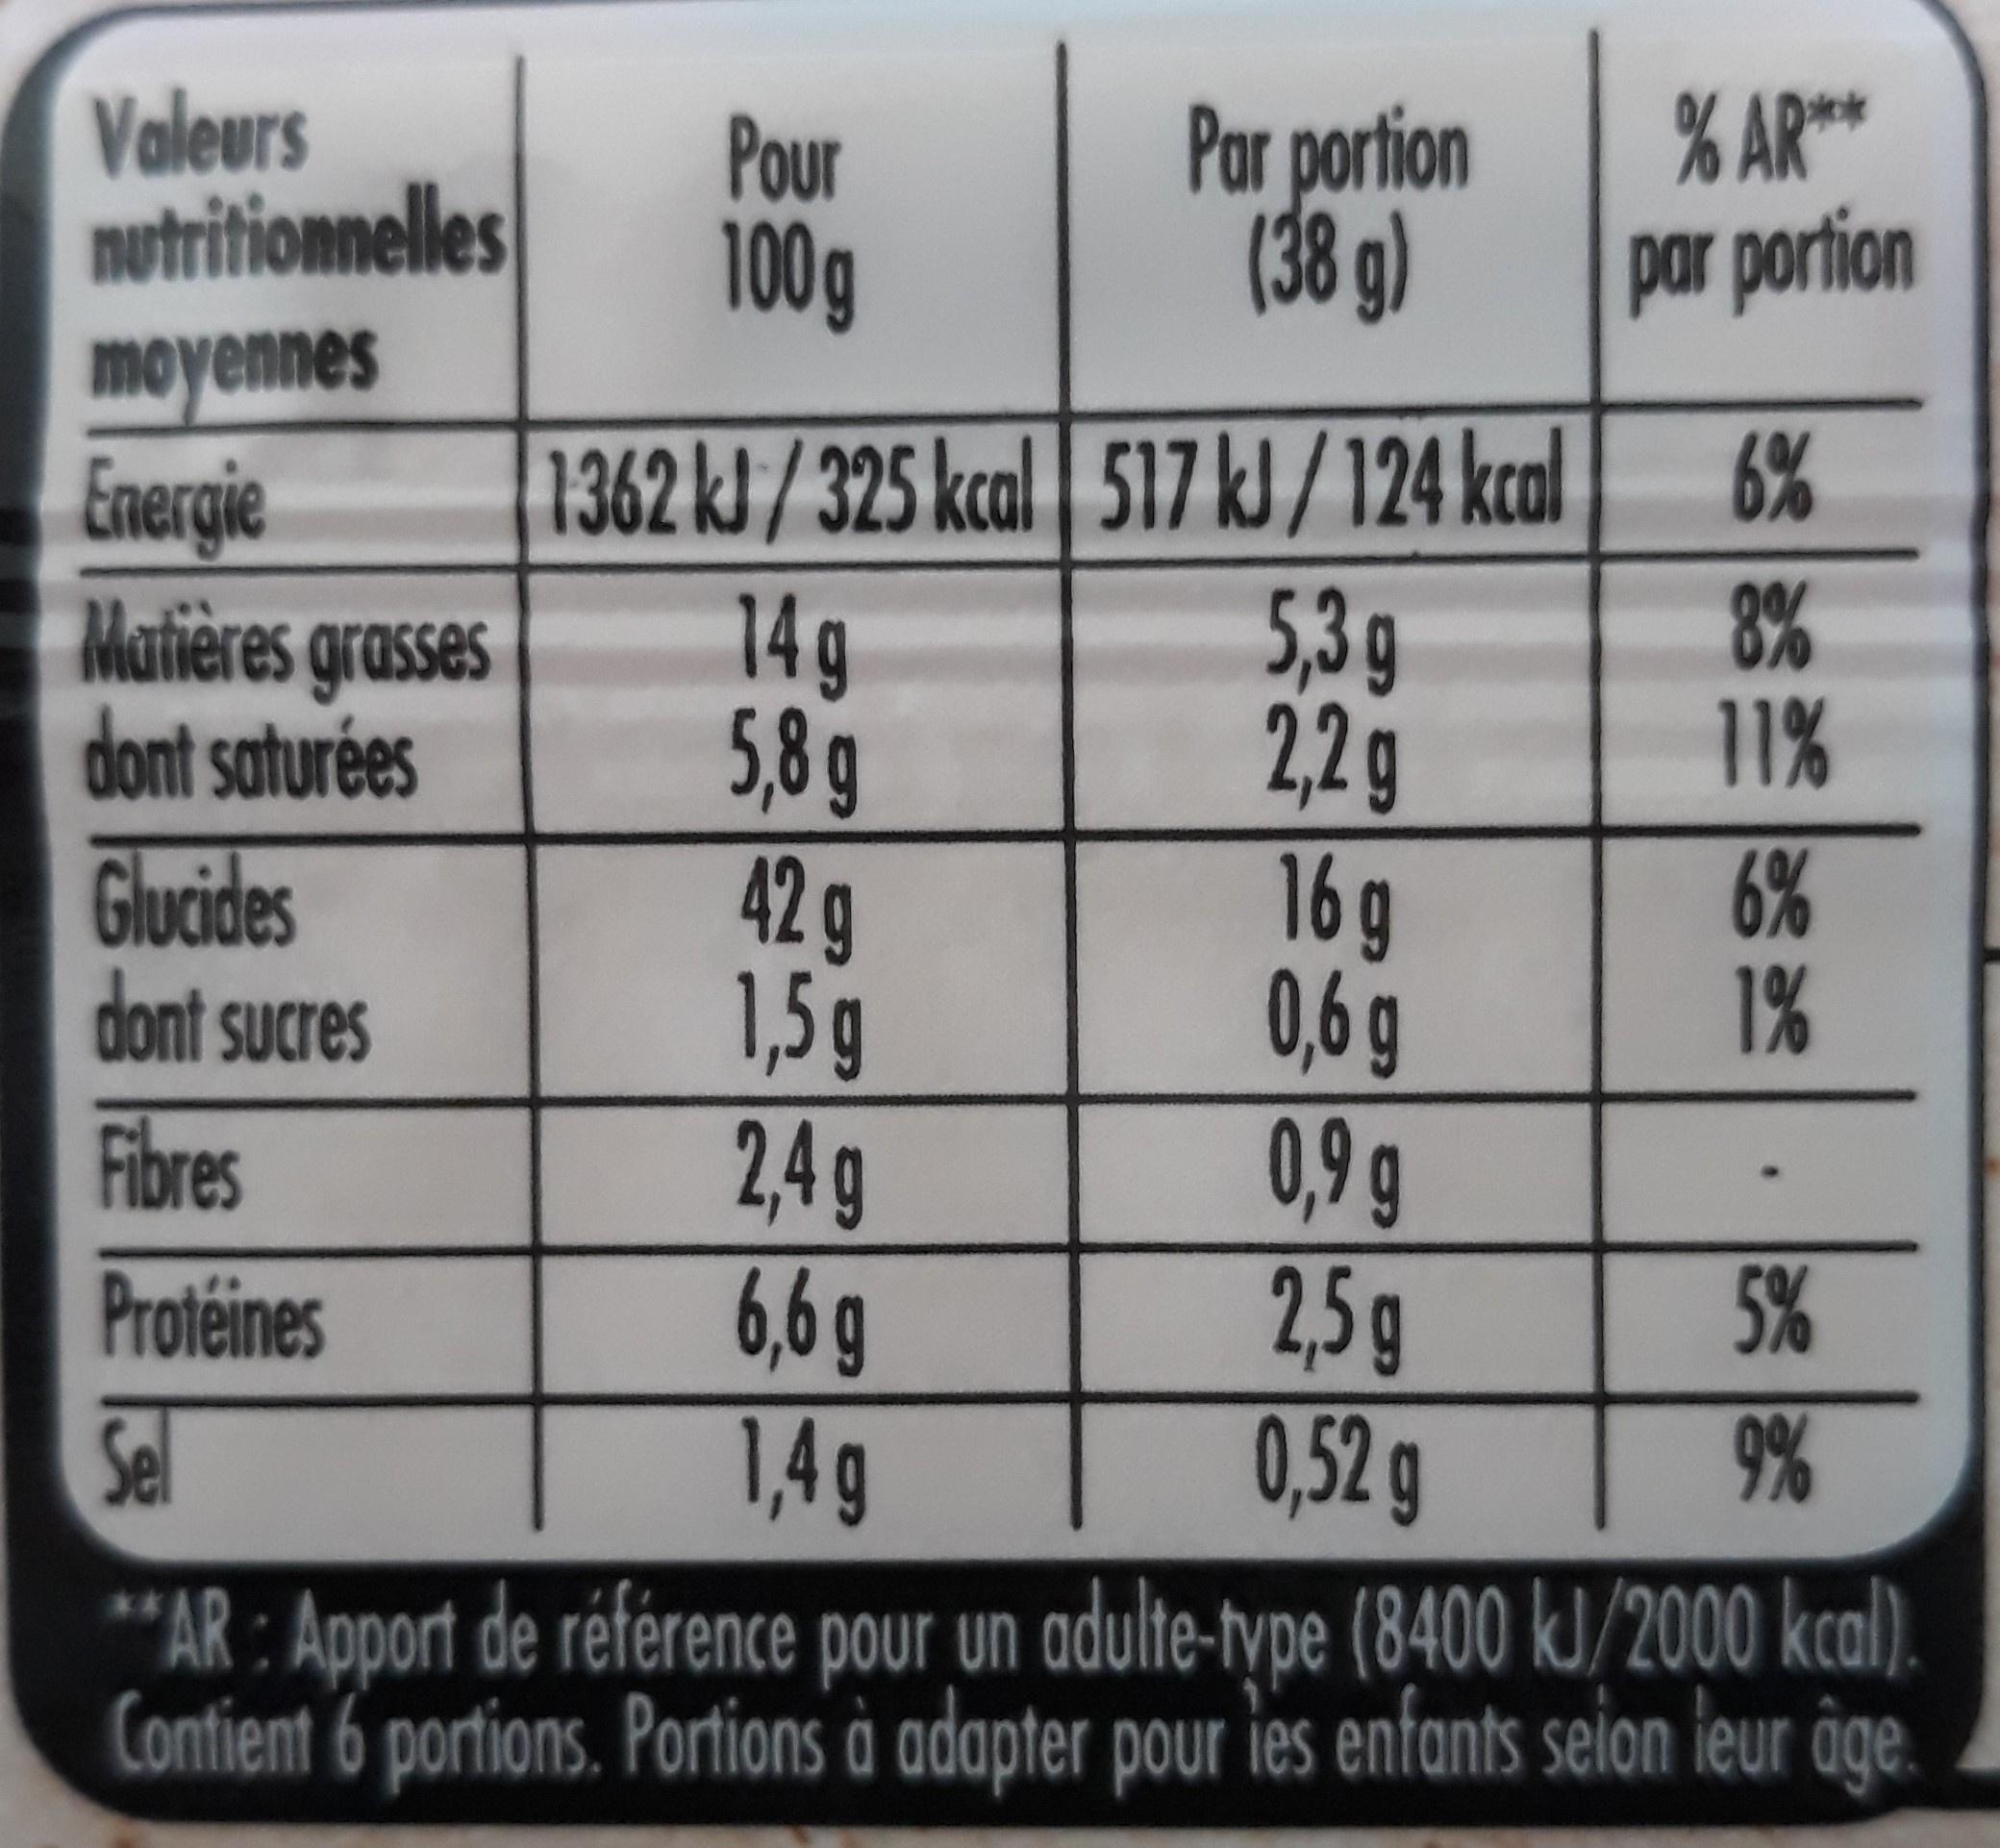
Valeurs nutritionnelles
Pour 100g
Par portion (38 g)
% AR* par portion
moyennes
1362 kl/325 kcal 517 kJ/ 124 kcal 5,3 g
6%
Energie Matières grasses dont saturées
8% 11%
14g
5,8g
2,2g
16g
Glucides dont sucres
42 g
6% 1%
1,5g
0,6g
Fibres
0,9 g
2,4g 6,6g
Protéines
2,5 g
5%
0,52 g **AR : Apport de référence pour un adulte-type (8400 kJ/2000 kcal). Contient 6 portions. Portions à adapter pour ies enfants seion leur âge
Sel
1,4g
9 %